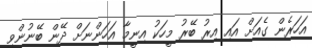
އަހަރެން ގެއަށް އައި އިރު ބޭރު މީހަކު އިނީމާ އަހަންނަށް ދޭން ބޭނުންވި